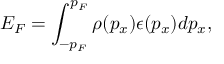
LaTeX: E _ { F } = \int _ { - p _ { F } } ^ { p _ { F } } \rho ( p _ { x } ) \epsilon ( p _ { x } ) d p _ { x } ,